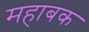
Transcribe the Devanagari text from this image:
महाबक